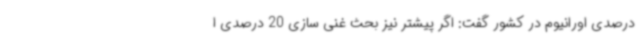
درصدی اورانیوم در کشور گفت: اگر پیشتر نیز بحث غنی سازی 20 درصدی ا